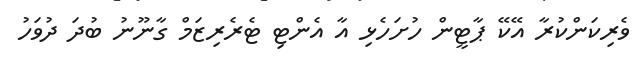
ވެރިކަންކުރާ އޭކޭ ޕާޓީން ހުށަހެޅި އާ އެންޓި ޓެރެރިޒަމް ގާނޫނު ބުދަ ދުވަހު